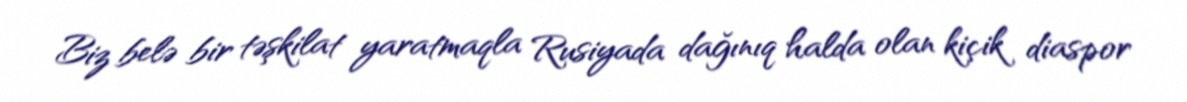
Biz belə bir təşkilat yaratmaqla Rusiyada dağınıq halda olan kiçik diaspor